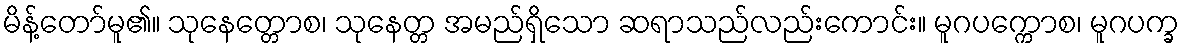
မိန့်တော်မူ၏။ သုနေတ္တောစ၊ သုနေတ္တ အမည်ရှိသော ဆရာသည်လည်းကောင်း။ မူဂပက္ကောစ၊ မူဂပက္ခ